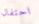
احتفال